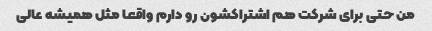
من حتی برای شرکت هم اشتراکشون رو دارم واقعا مثل همیشه عالی